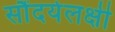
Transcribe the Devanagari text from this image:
सौंदर्यलक्षी